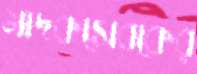
মাদকসেবকের